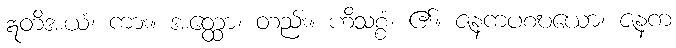
ဣတိအယံ၊ ကား။ အတ္ထော၊ တည်း။ ဟိသစ္စံ၊ ၏။ ဇနကပစဎယော၊ ဇနက